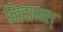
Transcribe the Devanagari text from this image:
निदानश्